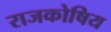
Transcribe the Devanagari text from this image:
राजकोषिय